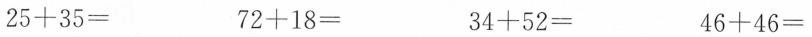
$$2 5 + 3 5 =$$ $$7 2 + 1 8 =$$ $$3 4 + 5 2 =$$ $$4 6 + 4 6 =$$